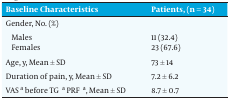
<table><thead><tr><td><b>Baseline Characteristics</b></td><td><b>Patients, (n = 34)</b></td></tr></thead><tbody><tr><td>Gender, No. (%)</td><td> </td></tr><tr><td>Males</td><td>11 (32.4)</td></tr><tr><td>Females</td><td>23 (67.6)</td></tr><tr><td>Age, y, Mean ± SD</td><td>73 ± 14</td></tr><tr><td>Duration of pain, y, Mean ± SD</td><td>7.2 ± 6.2</td></tr><tr><td>VAS<sup>a</sup> before TG<sup>a</sup> PRF<sup>a</sup>, Mean ± SD</td><td>8.7 ± 0.7</td></tr></tbody></table>